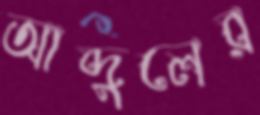
আব্দুলের